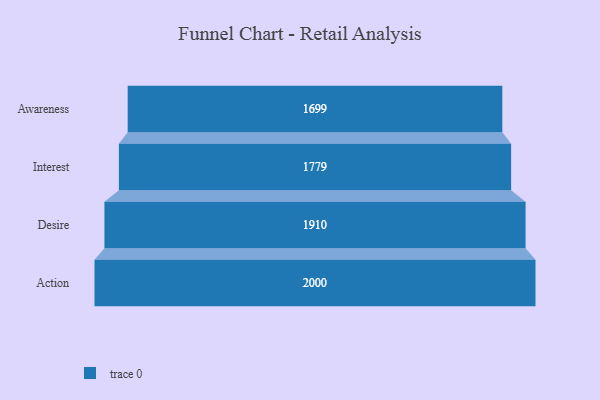
{"axis": {"x": "Stage", "y": "Value"}, "legend": [""], "data": [{"x": "Awareness", "y": 1699.0, "type": ""}, {"x": "Interest", "y": 1779.0, "type": ""}, {"x": "Desire", "y": 1910.0, "type": ""}, {"x": "Action", "y": 2000, "type": ""}]}